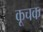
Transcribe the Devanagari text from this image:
कूचक